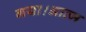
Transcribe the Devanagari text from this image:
गया।आत्म